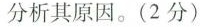
分析其原因。(2分)